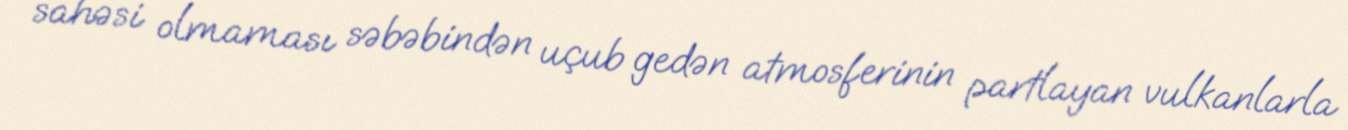
sahəsi olmaması səbəbindən uçub gedən atmosferinin partlayan vulkanlarla